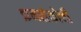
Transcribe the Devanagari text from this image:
क्रमसंकोची